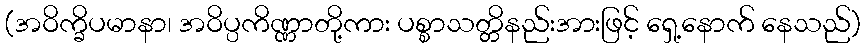
(အဝိက္ခိပမာနာ၊ အဝိပ္ပကိဏ္ဏာတို့ကား ပစ္စာသတ္တိနည်းအားဖြင့် ရှေ့နောက် နေသည်)